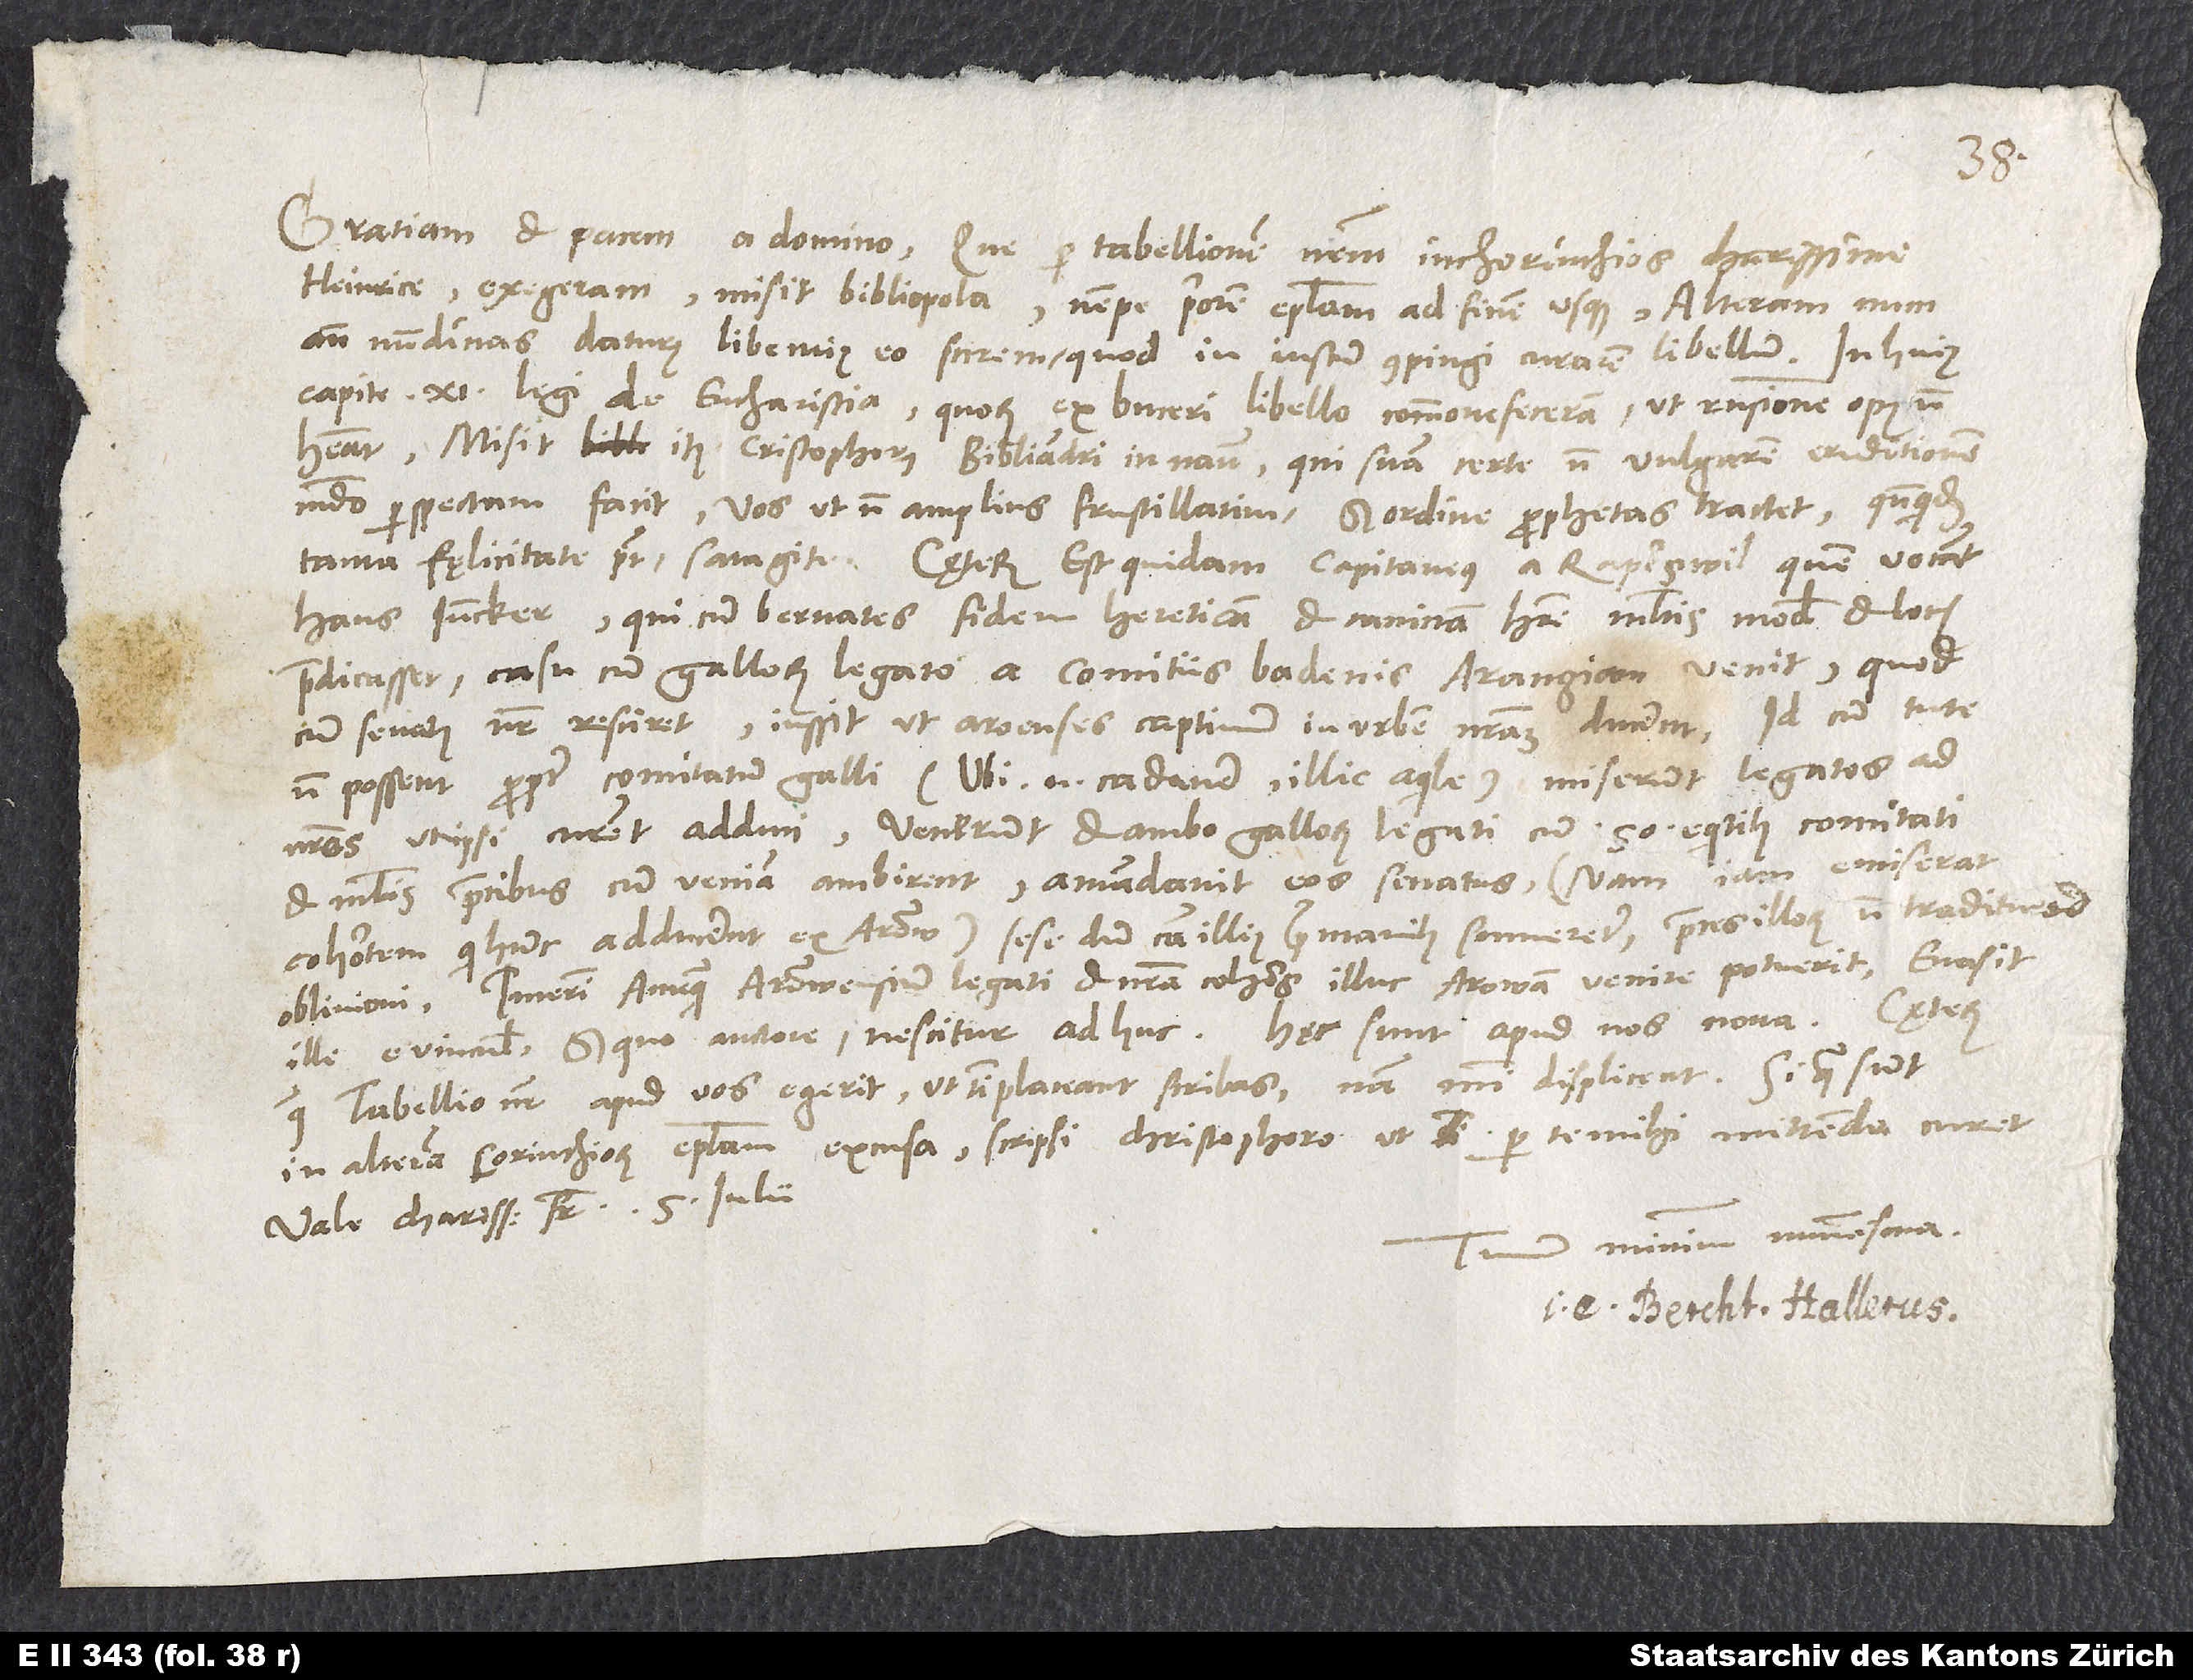
Heinrice, exegeram, misit bibliopola, nempe priorem epistolam ad finem usque - alteram num
ante nundinas daturus, libentius eo scirem, quod in iustum compingi curarem libellum. In huius
capite 11. legi de eucharistia, quorum ex Buceri libello commonefeceram, ut responsione opus
habeant. Misit item Cristophorus Bibliandri in Naum, qui suam certe non vulgarem eruditionem
mundo perspectam facit. Vos, ut non amplius frustillatim, sed ordine prophetas tractet, quandoquidem
Hans Juncker. Qui cum Bernates fidem hereticam et caninam habere multis modis et locis
praedicasset, casu cum Gallorum legato a comitiis Badenis Araugiam venit. Quod
cum senatus noster resciret, iussit, ut Aroenses captivum in urbem nostram ducerent. Id cum tute
non possent propter comitatum Galli («ubi enim cadaver, illic aquile» ), miserunt legatos ad
nostros, ut ipsi curent adduci. Venerunt et ambo Gallorum legati cum 50 equitibus comitati,
et multis precibus cum veniam ambirent, amandavit eos senatus (nam iam emiserat
cohortem, qui hunc adducerent ex Arovio): sese, dum causa illius prae manibus sumeretur, preces illorum non traditurum
oblivioni. Interim, antequam Arowensium legati et nostra cohors illuc Arowam venire potuerit, evasit
Haec sunt apud nos nova.
ille e vinculis, sed quo auctore, nescitur adhuc.
quae tabellio noster apud vos egerit, ut tibi placeant, scribas; nam mihi displicent. Si quae sunt
in alteram Corinthiorum epistolam excusa, scripsi Christophoro, ut per te mihi mittenda curet.
Tuum minimum nummisma.